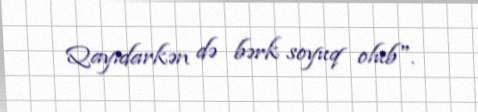
Qayıdarkən də bərk soyuq olub".